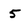
Character: 5